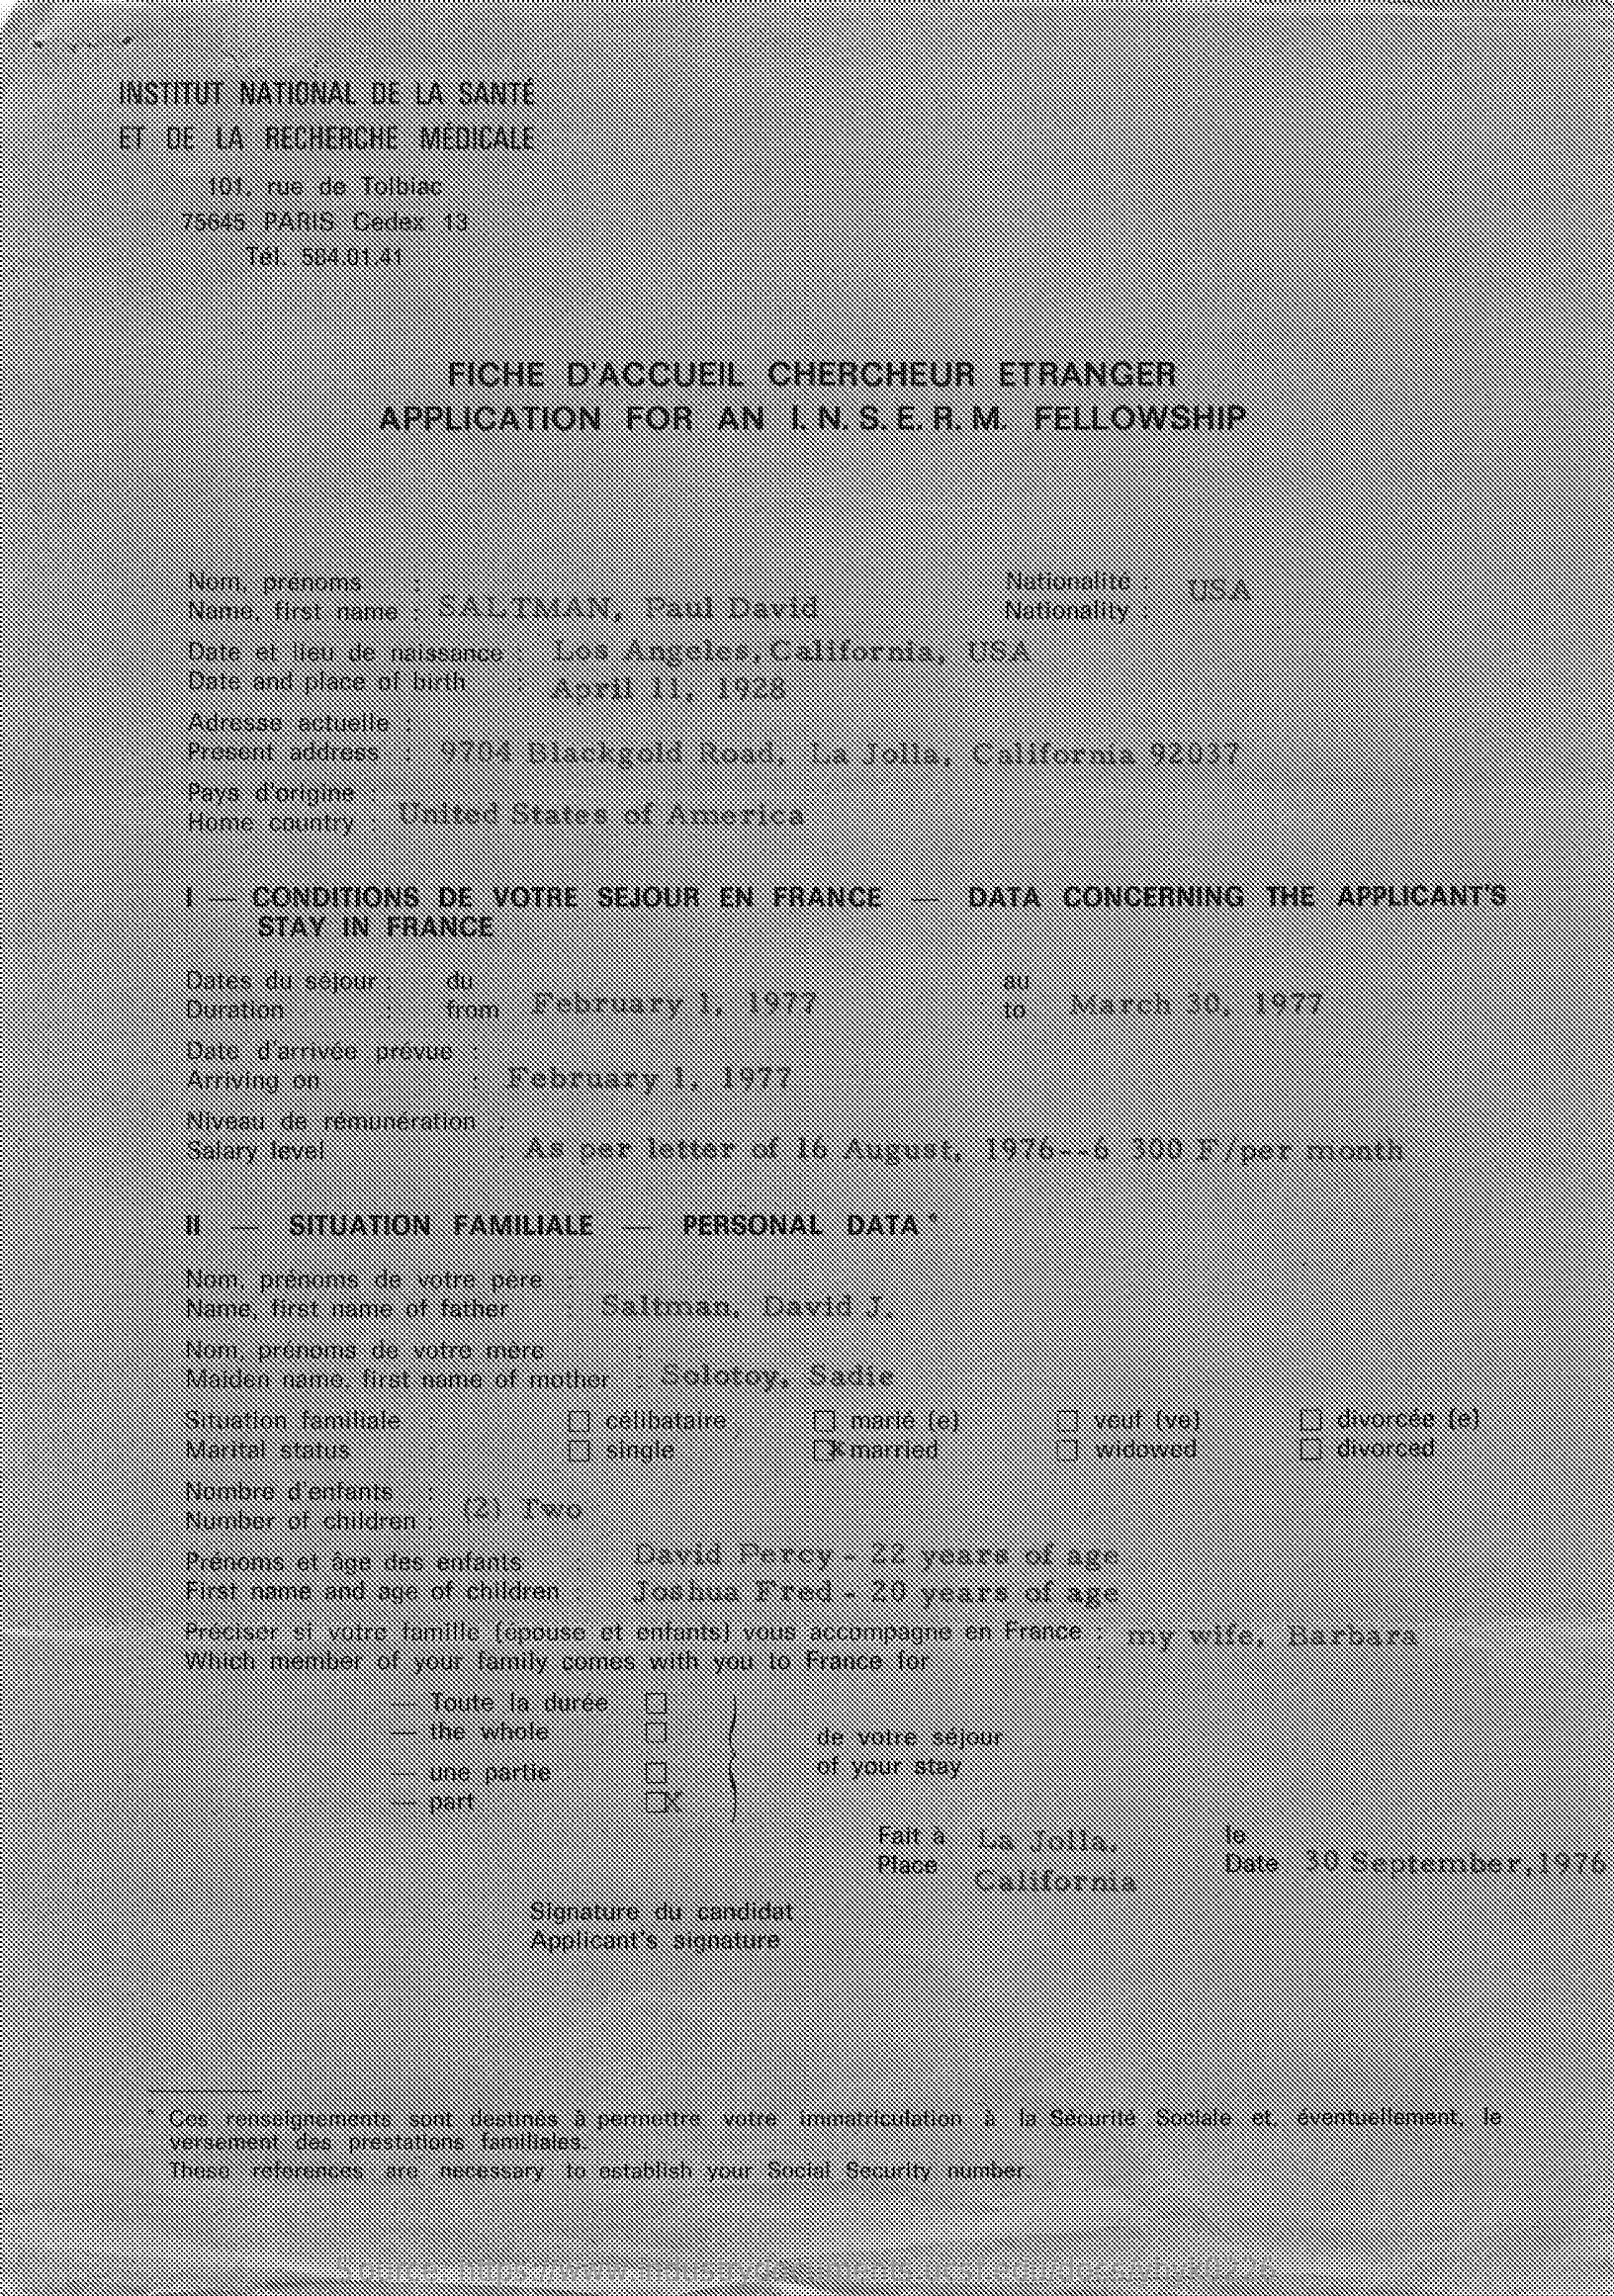
INSTITUT NATIONAL DE LA SANTÉ
     ET DE  LA RECHERCHE  MÉDICALE
     101, rue de Tolbiac
     75645 PARIS Cedex 13
     Tél. 584.01.41
     FICHE   D'ACCUEIL    CHERCHEUR    ETRANGER
     APPLICATION    FOR    AN   I. N. S. E. R. M. FELLOWSHIP
     Nom, prénoms
     Name, first name : SALTMAN,    Paul  David
     Nationalité
     Nationality
     USA
     Date et lieu de naissance  Los  Angeles,  California,   USA
     Date and place of birth   April  11,  1928
     Adresse actuelle
     Present address :: : 9704 Blackgold  Road,   La  Jolla,  California   92037
     Pays d'origine
     Home  country  United  States   of America
     CONDITIONS   DE  VOTRE   SEJOUR  EN  FRANCE    --
     STAY  IN FRANCE
     DATA   CONCERNING    THE  APPLICANT'S
     Dates du séjour    du
     Duration    from  February    1,  1977
     au
     to   March   30,  1977
     Date d'arrivée prévue
     Arriving on    February    1,  1977
     Niveau de rémunération
     Salary level    As  per  letter  of 16 August,    1976 -- 6 :300 F/per   month
     SITUATION   FAMILIALE    PERSONAL   DATA   *
     Nom, prénoms de votre père
     Name, first name of father    Saltman,   David   J.
     Nom, prénoms de votre mère
     Maiden name, first name of mother Solotoy,   Sadie
     Situation familiale    célibataire    O  marié (e)    00
     Marital status    single    kmarried
     vouf (ve)    divorcée (e)
     widowed    divorced
     Nombre d'enfants
     Number of children - (2). Two
     Prénoms et âge des enfants    David   Percy  - 22  years   of age
     First name and age of children  Joshua   Fred   - 20 years   of age
     Préciser si votre famille (épouse et enfants) vous accompagne en France : my wife, Barbara
     Which member  of your family comes with you to France for
     Toute la durée
     the whole    de votre séjour
     une partie    of your stay
     part
     Fait à La  Jolla.
     Place
     California
     Date  30 September,    1976
     Signature du candidat
     Applicant's signature
     Ces renseignements sont destinés à permettre votre Immatriculation à la Sécurité Sociale et, éventuellement, le
     versement des prestations familiales.
     Thoso references are necessary to establish your Social Security number
     Source:  https://www.industrydocuments.ucsf.edu/docs/yhyk0226